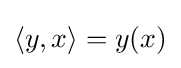
\langle y,x\rangle =y(x)